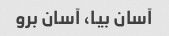
آسان بیا، آسان برو